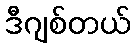
ဒီဂျစ်တယ်